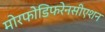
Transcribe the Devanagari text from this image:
मोरफोडिफरेनसीएशन